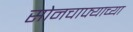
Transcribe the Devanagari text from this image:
सोनचाफ्याच्या